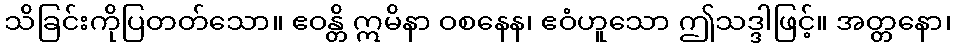
သိခြင်းကိုပြတတ်သော။ ဧဝန္တိ ဣမိနာ ဝစနေန၊ ဧဝံဟူသော ဤသဒ္ဒါဖြင့်။ အတ္တနော၊